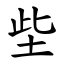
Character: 㘹